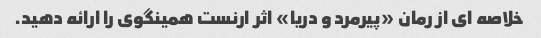
خلاصه ای از رمان «پیرمرد و دریا» اثر ارنست همینگوی را ارائه دهید.